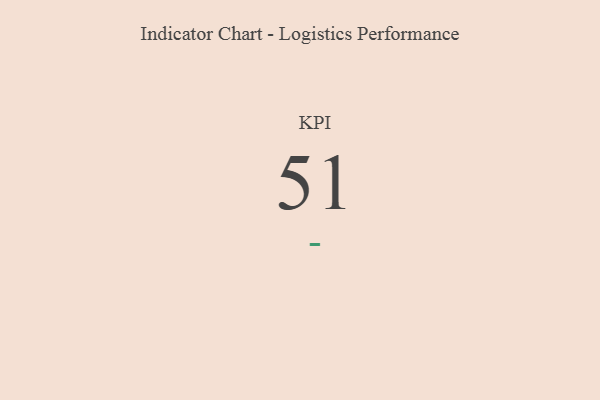
{"axis": {"x": "KPI", "y": "Value"}, "legend": [""], "data": [{"x": "KPI", "y": 51, "type": ""}]}